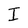
Character: I